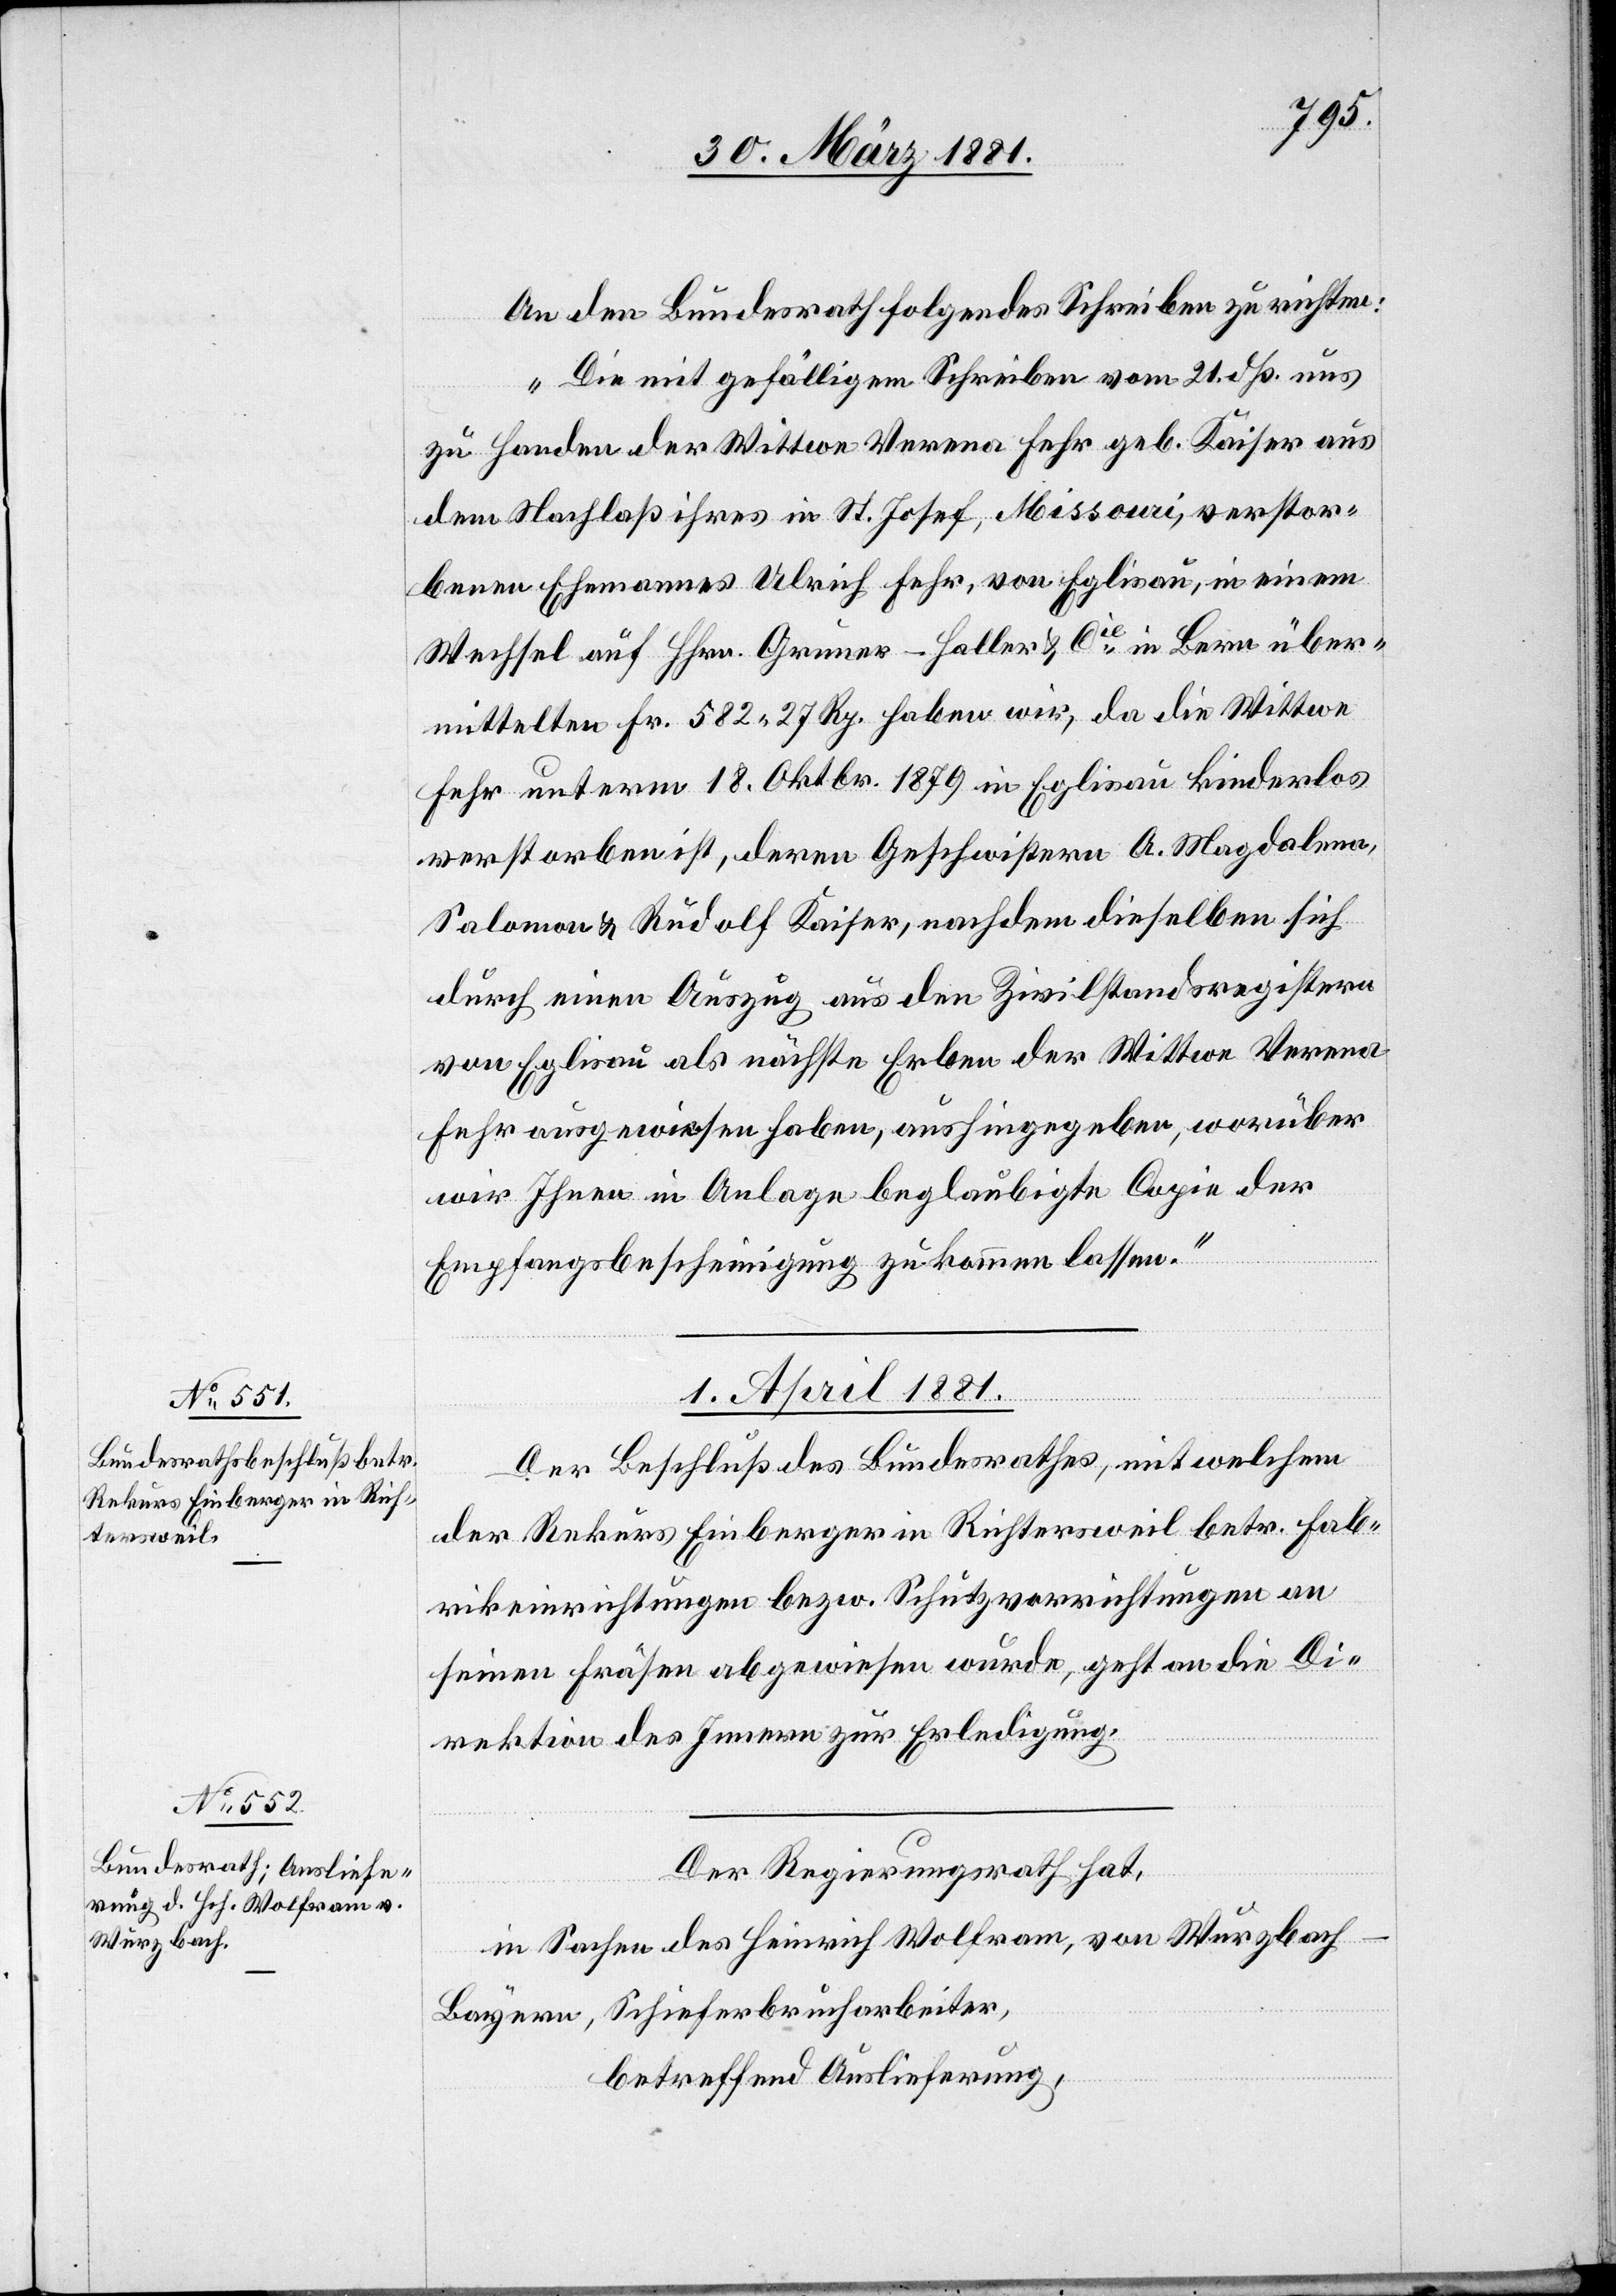
An den Bundesrath folgendes Schrieben zu richten:
„Die mit gefälligem Schrieben vom 21. dß uns
zu Handen der Witwe Verena Fehr geb. Kaiser aus
dem Nachlaß ihres in St. Josef, Missouri, verstor¬
benen Ehemannes Ulrich Fehr, von Eglisau, in einem
Wechsel auf Hhrn. Gruner-Haller & Cie in Bern über¬
mittelten Fr. 582 27 Rp. haben wir, da die Wittwe
Fehr unterm 18. Oktbr. 1879 in Eglisau kinderlos
verstorben ist, deren Geschwistern A. Magdalena,
Salomon & Rudolf Kaiser, nachdem dieselben sich
durch einen Auszug aus den Zivilstandsregistern
von Eglisau als nächste Erben der Wittwe Verena
Fehr ausgewiesen haben, aushingegeben, worüber
wir Ihnen in Anlage beglaubigte Copie der
Empfangsbescheinigung, zukommen lassen.“
1. April 1881.]
Der Beschluß des Bundesrathes, mit welchem
der Rekurs Einberger in Richtersweil betr. Fab¬
rikeinrichtungen bezw. Schutzvorrichtungen an
seinen Fräsen abgewiesen wurde, geht an die Di¬
rektion des Innern zur Erledigung.
Der Regierungsrath hat,
in Sachen des Heinrich Wolfram, von Wurzbach
Bayern, Schieferbrucharbeiter,
betreffend Auslieferung,